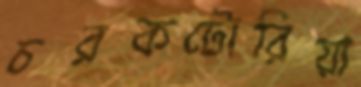
চরকটোরিয়া